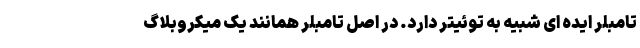
تامبلر ایده ای شبیه به توئیتر دارد. در اصل تامبلر همانند یک میکروبلاگ